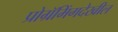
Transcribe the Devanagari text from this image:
प्रोग्रॅमिंगदेखील